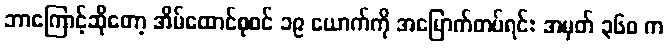
ဘာကြောင့်ဆိုတော့ အိမ်ထောင်စုဝင် ၁၉ ယောက်ကို အမြောက်တပ်ရင်း အမှတ် ၃၆၀ က